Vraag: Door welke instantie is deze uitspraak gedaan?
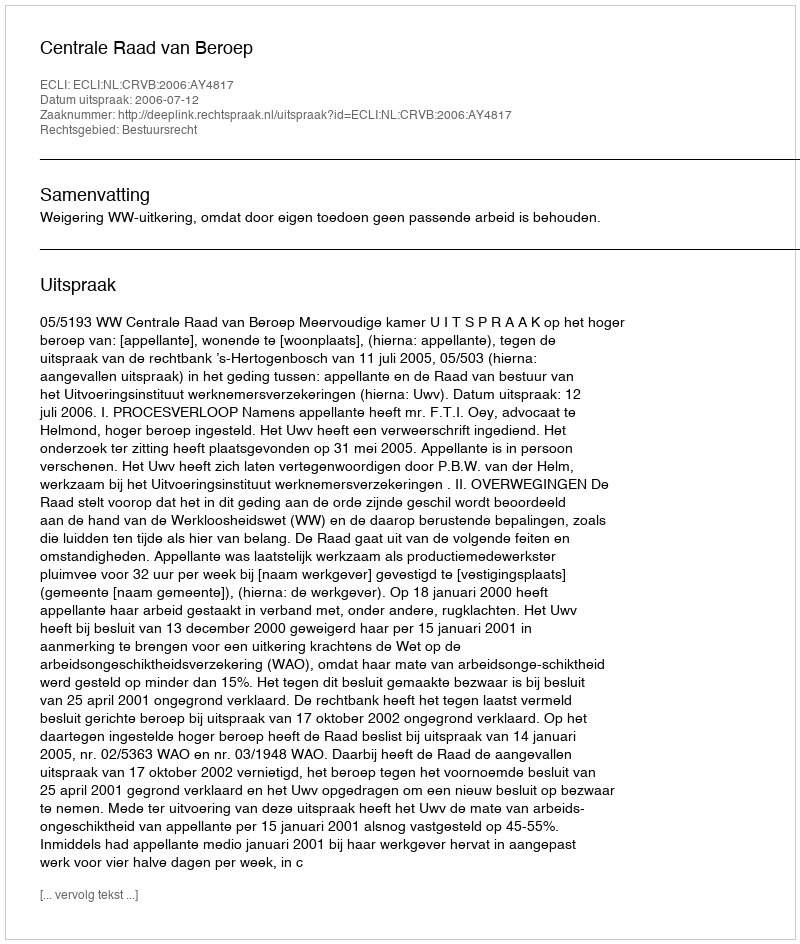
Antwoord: Centrale Raad van Beroep